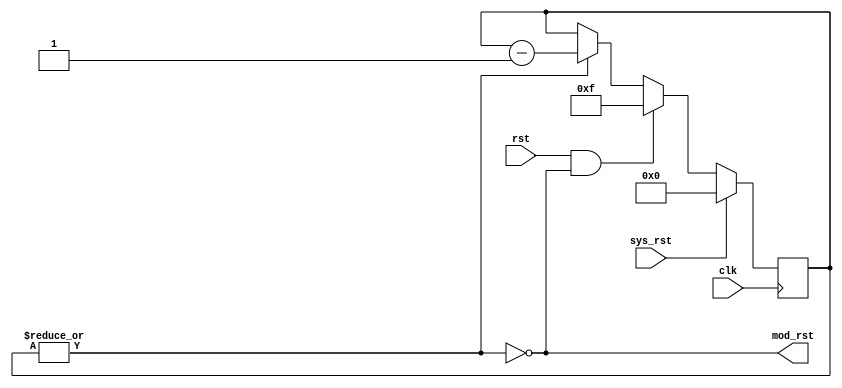
////////////////////////////////////////////////////////////////////////////
//	Revision: 1
// Description: Controlador para las seales de control del mdulo de Wi-Fi ESP8266.
////////////////////////////////////////////////////////////////////////////

module espDriver(clk, sys_rst, rst, mod_rst);
	//--------------------Entradas
	input clk;
	input sys_rst;
	input rst;
	
	//--------------------Salidas
	output mod_rst;
	
	//--------------------Intermediarias
	reg [3:0]counter;

	wire mod_rst = ~|counter;
	
	always @(posedge clk)
		if(sys_rst)
			counter <= 0;
		else begin
			if(rst & ~|counter)
				counter <= 15;
			else if(|counter) // Si no es cero se cuenta hasta que sea cero.
				counter <= counter - 1;
		end
	
endmodule